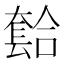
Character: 𫯾